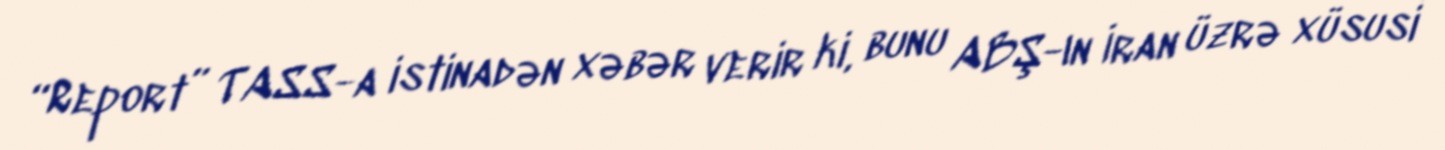
“Report” TASS-a istinadən xəbər verir ki, bunu ABŞ-ın İran üzrə xüsusi